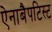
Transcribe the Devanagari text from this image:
ऐनाबैपटिस्ट